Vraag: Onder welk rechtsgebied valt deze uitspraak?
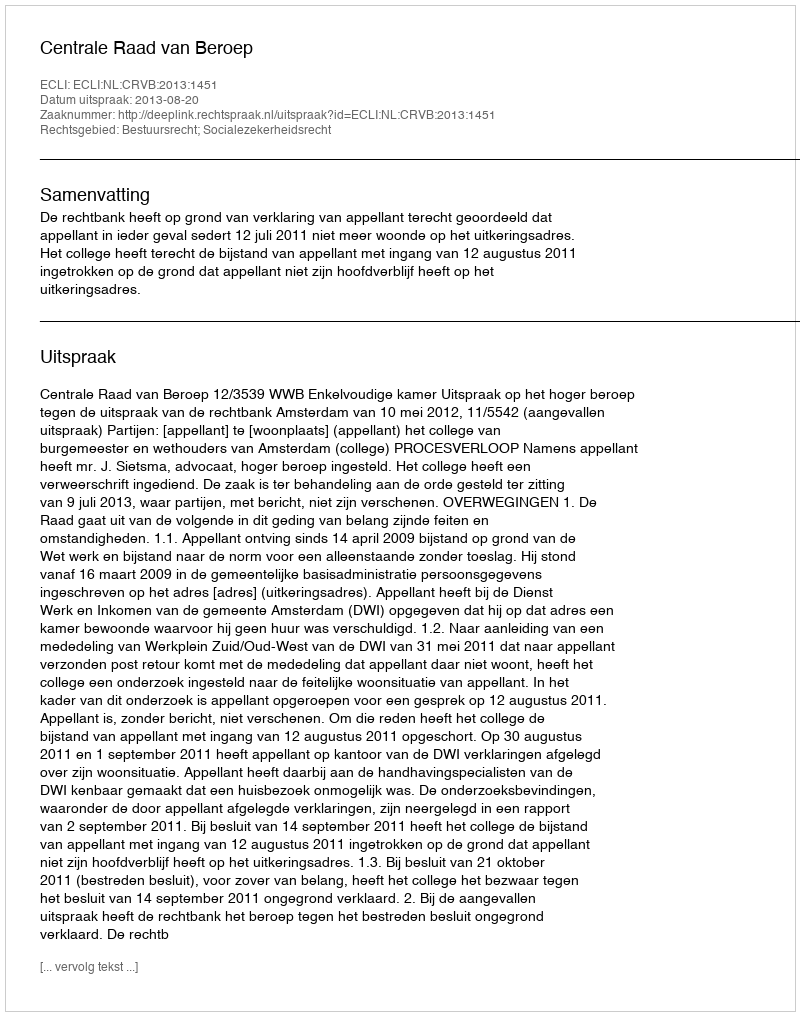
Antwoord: Bestuursrecht; Socialezekerheidsrecht